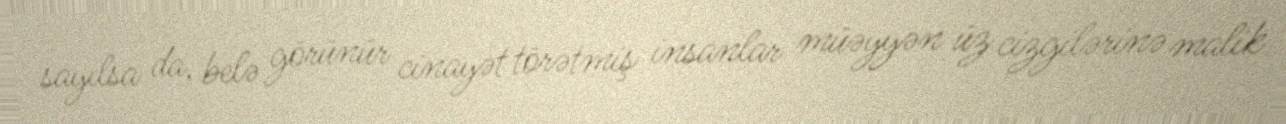
sayılsa da, belə görünür cinayət törətmiş insanlar müəyyən üz cizgilərinə malik